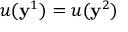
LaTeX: u ( \mathbf { y } ^ { 1 } ) = u ( \mathbf { y } ^ { 2 } )